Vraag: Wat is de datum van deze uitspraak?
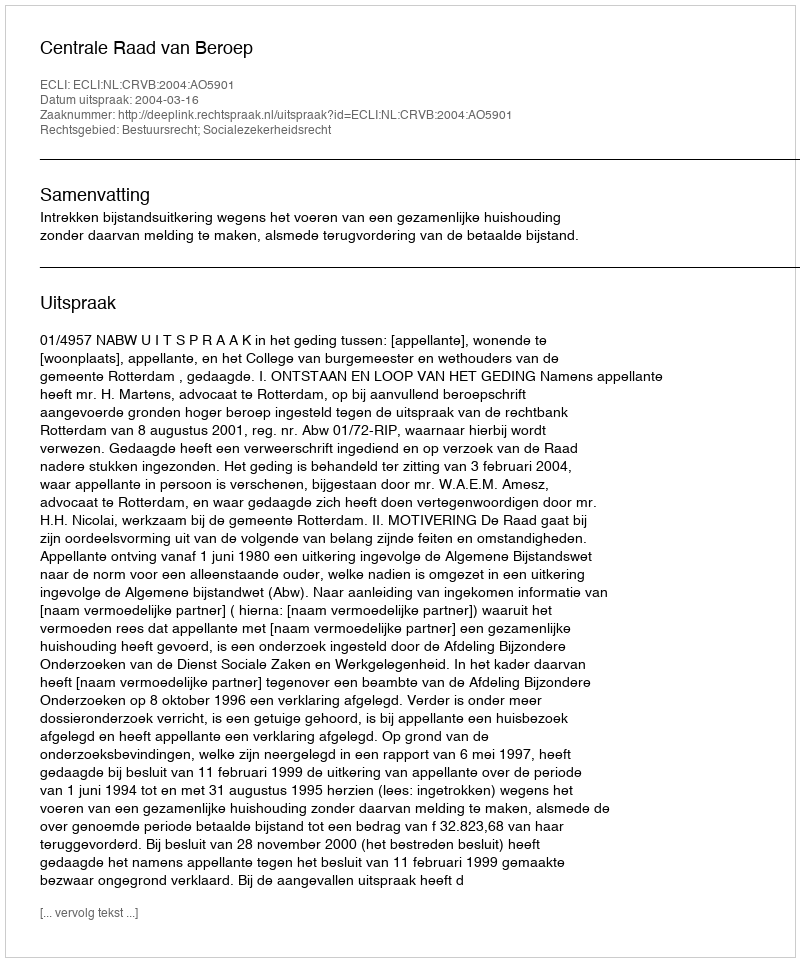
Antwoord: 2004-03-16